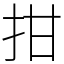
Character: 拑